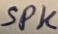
Text: SPK